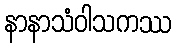
နာနာသံဝါသကဿ